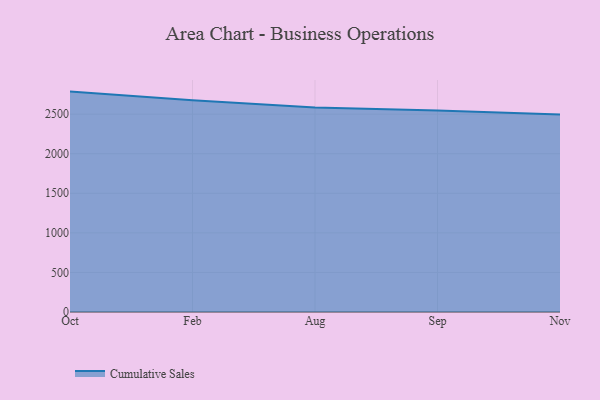
{"axis": {"x": "Month", "y": "Temperature (°C)"}, "legend": ["Cumulative Sales"], "data": [{"x": "Oct", "y": 2785.0, "type": "Cumulative Sales"}, {"x": "Feb", "y": 2676.6, "type": "Cumulative Sales"}, {"x": "Aug", "y": 2584.8, "type": "Cumulative Sales"}, {"x": "Sep", "y": 2546.1, "type": "Cumulative Sales"}, {"x": "Nov", "y": 2494.6, "type": "Cumulative Sales"}]}